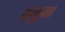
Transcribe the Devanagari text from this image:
हनुमा